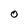
Character: O